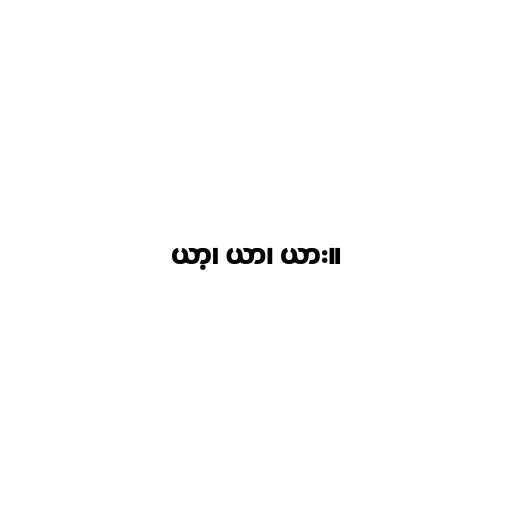
ယာ့၊ ယာ၊ ယား။